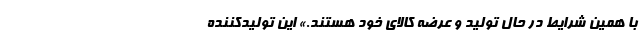
با همین شرایط در حال تولید و عرضه کالای خود هستند.» این تولیدکننده